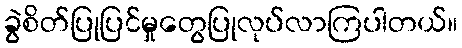
ခွဲစိတ်ပြုပြင်မှုတွေပြုလုပ်လာကြပါတယ်။